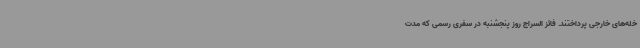
خله‌های خارجی پرداختند. فائز السراج روز پنجشنبه در سفری رسمی که مدت